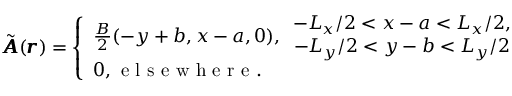
\tilde { \pmb { A } } ( \pmb { r } ) = \left\{ \begin{array} { l l } { \frac { B } { 2 } ( - y + b , x - a , 0 ) , \begin{array} { c } { - L _ { x } / 2 < x - a < L _ { x } / 2 , } \\ { - L _ { y } / 2 < y - b < L _ { y } / 2 } \end{array} } \\ { 0 , \mathrm { ~ e ~ l ~ s ~ e ~ w ~ h ~ e ~ r ~ e ~ . ~ } } \end{array} \right.